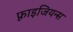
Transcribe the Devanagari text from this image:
फ़्राइजियन्स